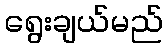
ရွေးချယ်မည်